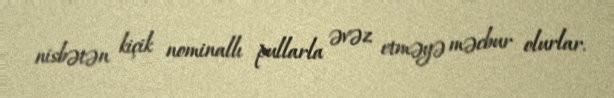
nisbətən kiçik nominallı pullarla əvəz etməyə məcbur olurlar.